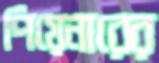
পিয়েনারের